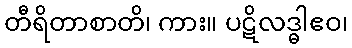
တီရိတာစာတိ၊ ကား။ ပဋိလဒ္ဓါဧဝ၊